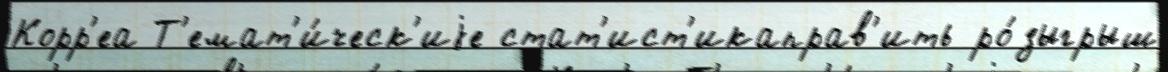
Корр'еа Т'емат'и́ческ'иjе стат'ист'икаправ'ить ро́зыгрыш